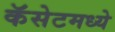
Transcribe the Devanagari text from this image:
कॅसेटमध्ये